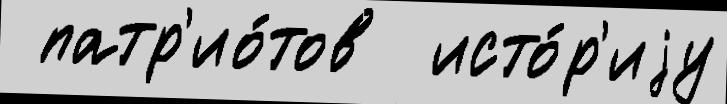
 патр'ио́тов  исто́р'иjу